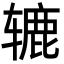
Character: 辘